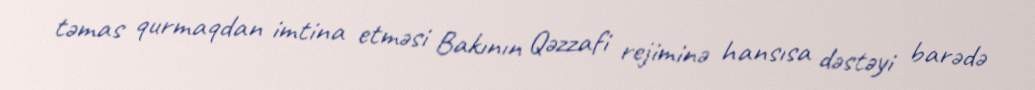
təmas qurmaqdan imtina etməsi Bakının Qəzzafi rejiminə hansısa dəstəyi barədə